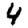
Digit: 4